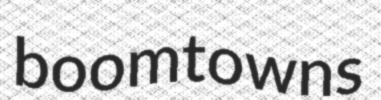
boomtowns